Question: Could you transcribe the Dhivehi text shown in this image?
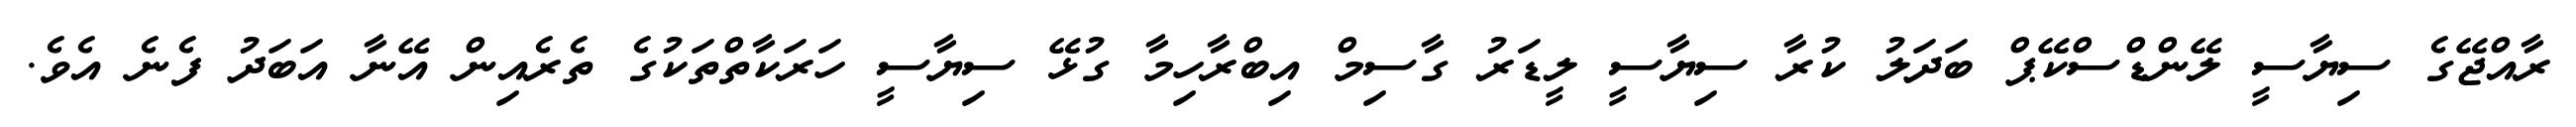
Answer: ރާއްޖޭގެ ސިޔާސީ ލޭންޑްސްކޭޕް ބަދަލު ކުރާ ސިޔާސީ ލީޑަރު ގާސިމް އިބްރާހިމާ ގުޅޭ ސިޔާސީ ހަރަކާތްތަކުގެ ތެރެއިން އޭނާ އަބަދު ފެނެ އެވެ.